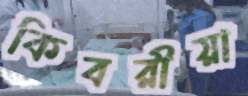
কিবরীয়া